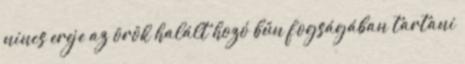
nincs ereje az örök halált hozó bűn fogságában tartani